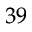
^ { 3 9 }